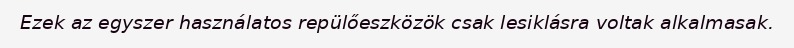
Ezek az egyszer használatos repülőeszközök csak lesiklásra voltak alkalmasak.